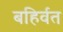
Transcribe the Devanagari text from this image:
बहिर्वत